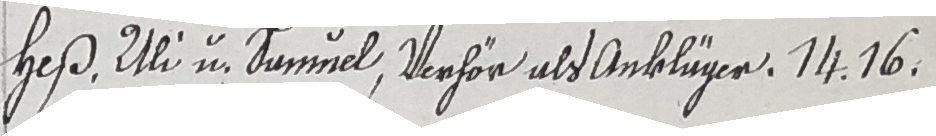
Heß. Uli u. Sammel, Verhör als Ankliger. 111. 16.